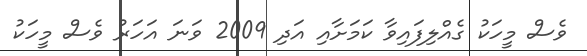
ވެސް މީހަކު ގެއްލިފައިވާ ކަމަށާއި އަދި 2009 ވަނަ އަހަރު ވެސް މީހަކު